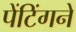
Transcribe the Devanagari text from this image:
पेंटिंगने